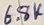
Text: 6.8K